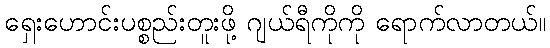
ရှေးဟောင်းပစ္စည်းတူးဖို့ ဂျယ်ရီကိုကို ရောက်လာတယ်။